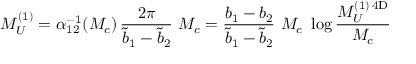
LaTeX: M _ { U } ^ { ( 1 ) } = \alpha _ { 1 2 } ^ { - 1 } ( M _ { c } ) \, \frac { 2 \pi } { \widetilde { b } _ { 1 } - \widetilde { b } _ { 2 } } \ M _ { c } = \frac { b _ { 1 } - b _ { 2 } } { \widetilde { b } _ { 1 } - \widetilde { b } _ { 2 } } \ M _ { c } \ \log \frac { M _ { U } ^ { ( 1 ) \, \mathrm { 4 D } } } { M _ { c } }